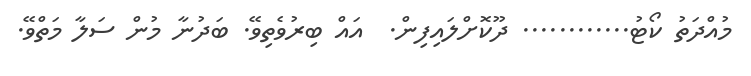
މުއްދަތު ކޯޓު............ ދޫކޮށްލައިފިން.  އައް ބިރުވެތިވޭ. ބަދުނާ މުން ސަލާ މަތްވޭ.